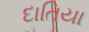
દાતિયા